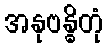
အနုဗန္ဓိတုံ